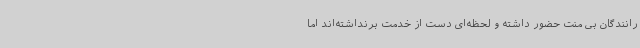
رانندگان بی منت حضور داشته و لحظه‌ای دست از خدمت برنداشته‌اند اما